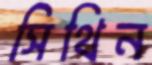
সিথিন